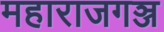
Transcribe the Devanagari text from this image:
महाराजगञ्ज